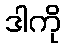
ဒါကို